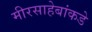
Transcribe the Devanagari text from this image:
मीरसाहेबांकडे